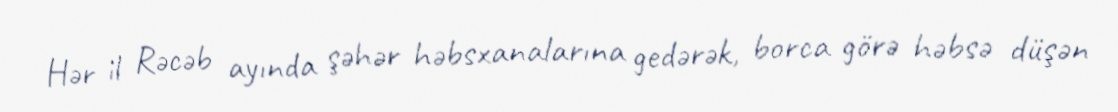
Hər il Rəcəb ayında şəhər həbsxanalarına gedərək, borca görə həbsə düşən